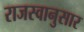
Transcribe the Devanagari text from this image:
राजस्वानुसार